Report on horse surra - Volume II, Part II
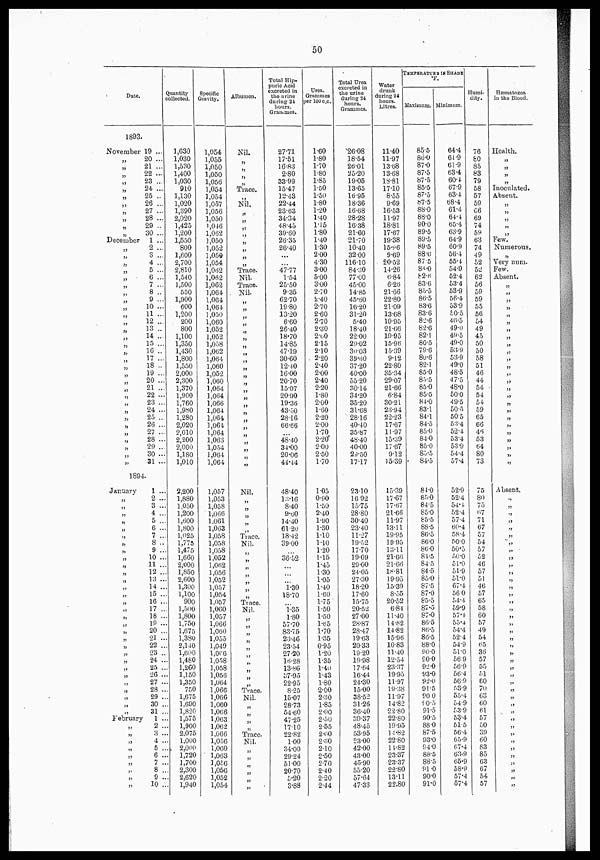
50
Date.
1893.
November
„
„
„
„
„
„
„
„
„
„
December
„
„
„
„
„
„
„
„
„
„
„
„
„
„
„
„
„
„
„
„
„
„
„
„
„
„
„
„
„
„
19 ...
20 ...
21 ...
22 ...
23 ...
24 ...
25 ..
26 ...
27 ...
28 ...
29 ..
30 ...
1 ...
2 ...
3 ...
4 ...
5 ...
6 ...
7 ...
8 ...
9 ...
10 ...
11 ...
12 ...
13 ..
14 ...
15 ...
16 ..
17 ...
18 ..
19 ...
20 ...
21 ...
22 ...
23 ...
24 ...
25 ...
26 ...
27 ...
28 ...
29 ...
30 ...
31 ...
1894.
January
„
„
„
„
„
„
„
„ „
„
„
„
„
„
„ „
„
„
„ „
„ „
„ „
„
„
„
„
„ „
February
„
„
„
„
„ „
„ „
„
1 ...
2 ...
3 ...
4 ...
5 ...
6 ...
7 ...
8 ..
9 ...
10 ...
11 ...
12 ...
13 ...
14 ..
15 ..
16 ..
17 ..
18 ..
19 ..
20 ..
21 ..
22 ..
23 ..
24 ..
25 ..
26 ..
27 ..
28 ..
29 ..
30 ..
31 ..
1 ..
2 ..
3 ..
4 ..
5 ..
6 ..
7 ..
8 ..
9 ..
10 ..
Quantity
collected.
1,630
1,030
1,530
1,400
1,030
„0
1,130
1,020
1,390
2,020
1,425
1,200
1,550
800
1,600
2,700
2,810
1,540
1,500
550
1,900
600
1,200
200
800
1,100
1,350
1,430
1,800
1,550
2,000
2,300
1,370
1,900
1,760
1,980
1,280
2,020
2,010
2,200
2,000
1,180
1,010
2,200
1,880
1,050
1,200
1,600
1,800
1,025
1,775
1,475
1,660
2,000
1,850
2,600
1,300
1,100
900
1,500
1,800
1.750
1,675
1,380
2,140
1,600
1,480
1,260
1,150
.
1,350
750
.
1,675
.
1,690
.
1,820
.
1,575
.
1,900
.
2,075
.
1,000
.
2,000
.
1,720
.
1,700
.
2,300
.
2,620
.
1,940
Specific
Gravity.
1,054
1,055
1,050
1,050
1,056
1,054
1,054
1,057
1,056
1,050
1,046
1,062
1,050
1,052
1,050
1,054
1,062
1,062
1,062
1,064
1,064
1,064
1,050
1,060
1,052
1,052
1,058
1,062
1,064
1,060
1,052
1,060
1,064
1,064
1,066
1,064
1,064
1,064
1,064
1,063
1,054
1,064
1,064
1,057
1,053
1,058
1,066
1.061
1,063
1,058
1,058
1,058
1,052
1,062
1,056
1,052
1,057
1,054
1,057
1,000
1,057
1,066
1,060
1,055
1,049
1,066
1.058
1,058
1,056
1,064
1,066
1,066
1,060
1,066
1,063
1,062
1,066
1,056
1.060
1,063
1,056
1,056
1,052
1,054
Albumen.
Nil.
„
„
Trace.
Nil.
„
„
„
„
„
Trace.
Nil.
Trace.
Nil.
„
„
„
„
„
„
Nil.
Trace.
Nil.
Trace.
Nil.
Trace.
Nil.
Trace.
Nil.
„
Total Hip.
puric Acid
excreted in
the nvine
during
24
hours.
Granmes.
27.71
17.51
16.83
2.80
33.99
15.47
12.43
22.44
23.63
34.34
48.45
39.60
26.35
26.40
...
...
47.77
1.54
25.50
9.35
62.70
19.80
13.20
6.60
26.40
18.70
14.85
47.19
30.60
12.40
16.00
20.70
15.07
20.90
19.36
43.50
28.16
66.66
48.40
34.00
20.06
44.44
48.40
13.16
8.40
9.50
14.40
61.20
18.42
39.00
36.52
1.30
18.70
1.35
1.80
57.70
83.75
23.46
23.54
27.20
16.28
13.86
37.95
22.95
8.25
15.07
28.73
54.60
47.25
17.10
22.82
1.00
34.00
29.24
51.00
20.70
5.20
3.88
Urea,
Grammes
perlOUc.c.
1.60
1.80
1.70
1.80
1.85
1.50
1.50
1.80
1.20
1.40
1.15
1.80
1.40
1.30
2.00
4.30
3.00
5.00
3.00
2.70
2.40
2.70
2.60
2.70
2.30
2.00
2.15
2.10
2.20
2.40
2.00
2.40
2.20
1.80
2.00
1.60
2.20
2.00
1.70
2.20
2.00
2.50
1.70
1.05
0.90
1.50
2.40
1.90
1.80
1.10
1.10
1.20
1.15
1.45
1.30
1.05
1.40
1.60
1.75
1.50
1.50
1.65
1.70
1.35
0.95
1.20
1.35
1.40
1.43
1.80
2.00
2.30
1.85
2.00
2.50
2.55
2.60
2.30
2.10
2.50
2.70
2.40
2.20
2.44
Total Urea
excreted in
the urine
during 24
hours.
Grammes.
26.08
18.54
26.01
25.20
19.05
13.65
16.95
18.36
16.68
28.28
16.38
21.60
21.70
10.40
32.00
116.10
84.30
77.00
45.00
14.85
45.60
16.20
31.20
5.40
18.40
2200
29.02
30.03
39.6O
37.20
40.00
55.20
30.14
34.20
35.20
31.68
28.16
40.40
35.87
48.40
40.00
29.50
17.17
23.10
16 92
15.75
28.80
30.40
23.40
11.27
19.52
17.70
19.09
29.00
24.05
27.30
18.20
17.60
15.75
20.52
27.00
28.87
28.47
19..63
20.33
19.20
19.98
17.64
16.44
24.30
15.00
38.52
31.26
36.40
30.37
48.45
53.95
23.00
42.00
43.00
45.90
55.20
57.64
47.33
TEM
Water
drunk
during 24
hours.
Litres.
11.40
11.97
13.68
13.68
18.81
17.10
8.55
9.69
16.53
11.97
18.81
17.67
19.38
15.6
9.69
20.52
14.26
6.84
6.26
21.66
22.80
21.09
13.68
19.95
21.66
19.95
15.96
15.39
9.12
22.80
35.34
29.07
21.66
6.84
30.21
23.94
22.23
17.67
11.97
15.39
17.67
9.12
15.39
15.39
17.67
17.67
21.66
11.97
13.11
19.95
19.95
13.11
21.66
21.66
18.81
19.95
15.39
8.55
20.52
6.84
11.40
14.82
14.82
15.96
1083
11.40
12.54
23.37
19.95
11.97
19.38
11.97
14.82
22.80
22.80
19.95
14.82
22.80
11.82
23.37
23.37
22.80
13.11
22.80
PERATURE IN SHADE
°F.
Maximum.
85.5
86.0
87.0
87.5
87.5
85.5
87.5
87.5
88.0
88.0
90.0
89.5
89.5
89.5
88.0
875
84.0
82.6
83.6
85.5
86.5
83.6
83.6
82.6
82.6
82.1
80.5
79.6
80.6
82.1
85.0
85.5
85.0
85.5
84.0
83.1
84.1
84.5
85.0
84.0
85.0
85.5
84.5
84.0
85.0
84.5
85.0
85.5
88.5
86.5
86.0
86.0
84.5
84.5
84.5
85.0
87.5
87.0
85.5
87.5
87.0
86.5
86.5
86.5
88.0
90.0
90.0
92.0
93.0
92.0
„.5
90 0
90.5
„.5
905
88.0
87.5
93.0
94.0
88.5
88.5
„.0
90.0
„.0
Minimum.
64.4
61.9
619
63.4
60.4
67.9
63.4
68.4
61.4
64.4
65.4
63.9
64.9
60.9
56.4
55.4
54.9
52.4
53.4
53.9
56.4
53.9
50.5
46.5
49.0
49.5
49.0
53.9
53.9
49.0
48.5
47.5
48.0
50.0
49.5
50.5
505
53.4
52.4
53.4
53.9
54.4
57.4
52.9
52.4
54.4
52.4
57.4
60.4
58.4
50.0
50.5
50.0
51.0
51.9
51.0
67.4
560
54.4
59.9
57.4
55.4
54.4
52.4
54.9
51.0
56 9
56.9
56.4
569
53.9
55.4
54.9
53.9
53.4
515
56.4
65.9
67.4
63.9
65.9
58.9
57.4
57.4
Humi-
dity.
76
80
85
83
79
58
57
59
66
69
74
59
63
74
49
52
52.
62
56
59
59
55
56
54
49
45
50
50
58
51
46
44
54
54
54
59
65
66
46
53
64
80
73
75
80
75
67
71
67
57
54
57
52
46
57
51
46
57
65
58
60
57
49
54
65
36
57
55
51
60
70
63
60
61
57
50
39
60
83
85
63
67
54
57
Hæmatozoa
in the Blood.
Health.
„
„
„ „
Inoculated.
Absent.
„
„
„
„
„
Few.
Numerous.
„
Very num.
Few.
Absent.
„
„
„
„
„
„
„
„
„
„
„
„
„
„
„
„
„
„
„
„
„
„
„
„
„
Absent.
„
„
„
„
„
„
„
„
„
„
„
„
„
„
„
„
„
„
„
„
„
„
„
„
„
„
„
„
„
„
„
„
„
„
„
„
„
„
„
„